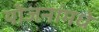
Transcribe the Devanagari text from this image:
योजनांमधे